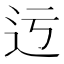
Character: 迃